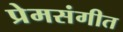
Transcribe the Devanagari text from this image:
प्रेमसंगीत